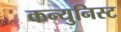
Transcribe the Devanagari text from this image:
कन्युनिस्ट